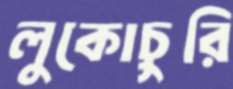
লুকোচুরি